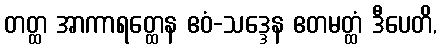
တတ္ထ အာကာရတ္ထေန ဧဝံ-သဒ္ဒေန ဧတမတ္ထံ ဒီပေတိ,